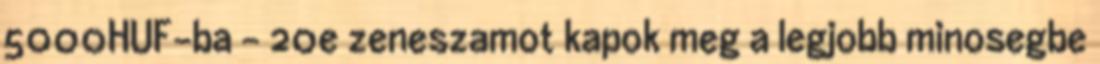
5000HUF-ba - 20e zeneszamot kapok meg a legjobb minosegbe